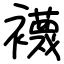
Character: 襪